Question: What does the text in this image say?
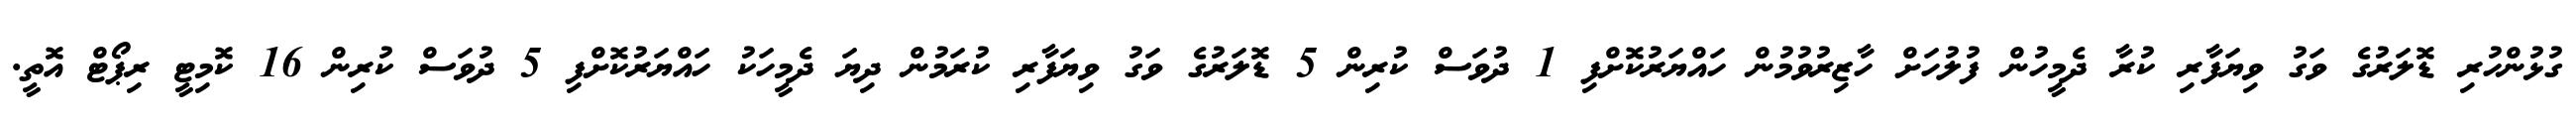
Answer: ގުޅުންހުރި ޑޮލަރުގެ ވަގު ވިޔަފާރި ކުރާ ދެމީހުން ފުލުހަށް ހާޒިރުވުމުން ހައްޔަރުކޮށްފި 1 ދުވަސް ކުރިން 5 ޑޮލަރުގެ ވަގު ވިޔަފާރި ކުރަމުން ދިޔަ ދެމީހަކު ހައްޔަރުކޮށްފި 5 ދުވަސް ކުރިން 16 ކޮމިޓީ ރިޕޯޓް އޮތީ.